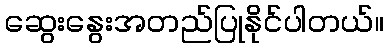
ဆွေးနွေးအတည်ပြုနိုင်ပါတယ်။